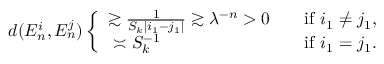
\begin{array} { r } { d ( E _ { n } ^ { i } , E _ { n } ^ { j } ) \left\{ \begin{array} { c l } { \gtrsim \frac { 1 } { S _ { k } | i _ { 1 } - j _ { 1 } | } \gtrsim \lambda ^ { - n } > 0 } & { \quad \mathrm { i f ~ } i _ { 1 } \ne j _ { 1 } , } \\ { \asymp S _ { k } ^ { - 1 } \qquad \qquad \qquad } & { \quad \mathrm { i f ~ } i _ { 1 } = j _ { 1 } . } \end{array} \right. } \end{array}